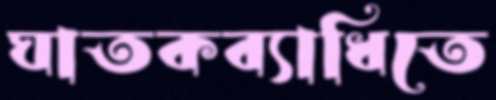
ঘাতকব্যাধিতে